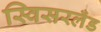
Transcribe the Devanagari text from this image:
स्विसरलँड